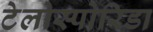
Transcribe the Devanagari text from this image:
टेलोस्पोरिडा